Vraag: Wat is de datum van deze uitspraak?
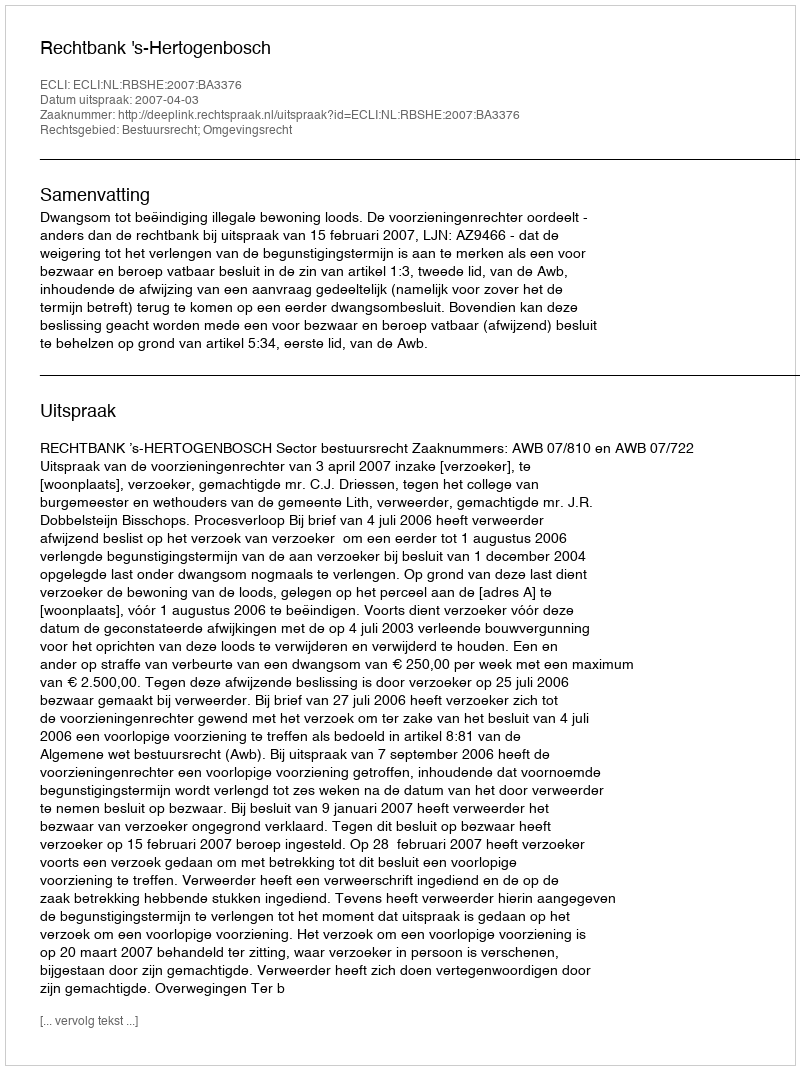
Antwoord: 2007-04-03